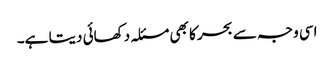
اسی وجہ سے بحر کا بھی مسئلہ دکھائی دیتا ہے۔